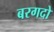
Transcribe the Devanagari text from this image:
बरगदो